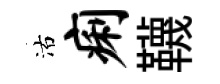
沽痢韈